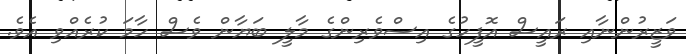
ވަޒީރުންނާއި ރައީސް އޮފީހުގެ އިސްވެރިންގެ މާލީ ބަޔާން ވެސް ހާމަ ކުރެއްވި އެވެ.